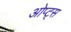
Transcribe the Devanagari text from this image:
ओप्ट्स